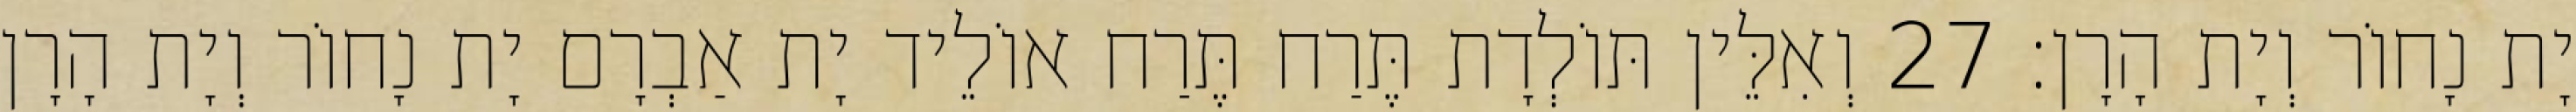
יָת נָחוֹר וְיָת הָרָן׃ 27 וְאִלֵּין תּוֹלְדָת תֶּרַח תֶּרַח אוֹלֵיד יָת אַבְרָם יָת נָחוֹר וְיָת הָרָן